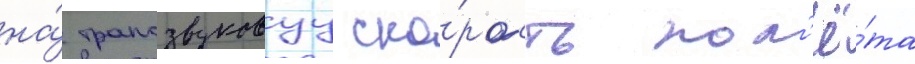
на́ трансзвуковуу ско́рость пол'ё́та